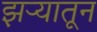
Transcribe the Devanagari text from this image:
झऱ्यातून